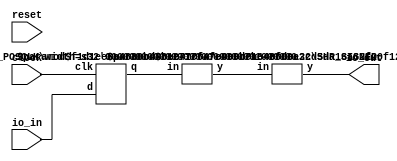
module FixedPrecisionChanger(
    input clock,
    input reset,
    input [63:0] io_in,
    output [63:0] io_out
);
    wire [63:0] _reg___q;
    wire [63:0] _reg___d;
    DFF_POSCLK #(.width(64)) reg_ (
        .q(_reg___q),
        .d(_reg___d),
        .clk(clock)
    );
    wire [21:0] _node_0;
    SHR_SIGNED #(.width(64), .n(42)) s_shr_1 (
        .y(_node_0),
        .in(_reg___q)
    );
    PAD_SIGNED #(.width(22), .n(64)) s_pad_2 (
        .y(io_out),
        .in(_node_0)
    );
    assign _reg___d = io_in;
endmodule //FixedPrecisionChanger
module DFF_POSCLK(q, d, clk);
    parameter width = 4;
    output reg [width-1:0] q;
    input [width-1:0] d;
    input clk;
    always @(posedge clk) begin
        q <= d;
    end
endmodule // DFF_POSCLK
module SHR_SIGNED(y, in);
    parameter width = 4;
    parameter n = 2;
    output [(n < width ? (width-n-1) : 0):0] y;
    input [width-1:0] in;
    assign y = n < width ? in[width-1:n] : in[width-1:width-1];
endmodule // SHR_SIGNED
module PAD_SIGNED(y, in);
    parameter width = 4;
    parameter n = 4;
    output [(n > width ? n : width)-1:0] y;
    input [width-1:0] in;
    assign y = n > width ? {{(n - width){in[width-1]}}, in} : in;
endmodule // PAD_SIGNED